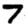
Digit: 7